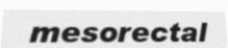
mesorectal